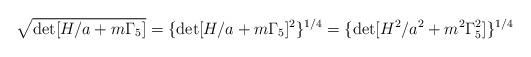
LaTeX: \begin{align*}\sqrt{\det[H/a+m\Gamma_{5}]}=\{\det[H/a+m\Gamma_{5}]^{2}\}^{1/4}=\{\det[H^{2}/a^{2}+m^{2}\Gamma^{2}_{5}]\}^{1/4}\end{align*}